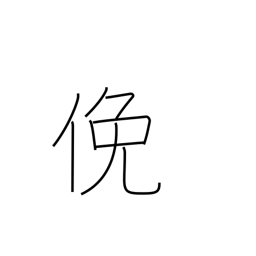
Meaning: diligent